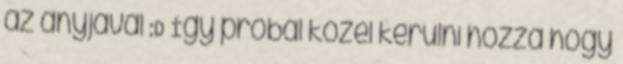
az anyjával :D Így próbál közel kerülni hozzá hogy